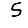
Digit: 5